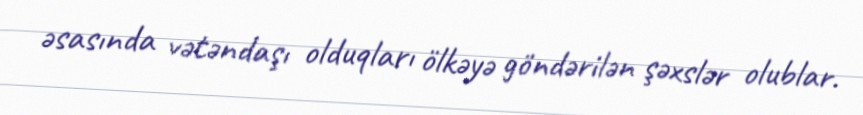
əsasında vətəndaşı olduqları ölkəyə göndərilən şəxslər olublar.